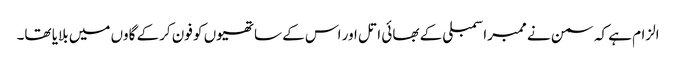
الزام ہے کہ سمن نے ممبراسمبلی کے بھائی اتل اور اس کے ساتھیوں کو فون کرکے گاوں میں بلایا تھا۔